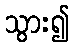
သွား၍